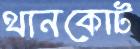
থানকোট